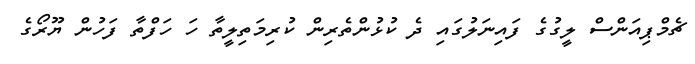
ޗެމްޕިއަންސް ލީގުގެ ފައިނަލުގައި ދެ ކުޅުންތެރިން ކުރިމަތިލީތާ ހަ ހަފްތާ ފަހުން ޔޫރޯގެ